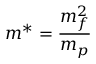
m ^ { * } = \frac { m _ { f } ^ { 2 } } { m _ { p } }